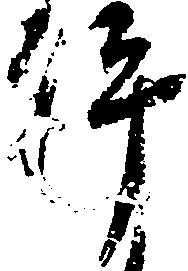
許